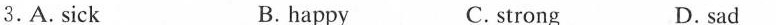
3.A.Sick B. happy C. strong D.sad